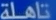
تاهلة